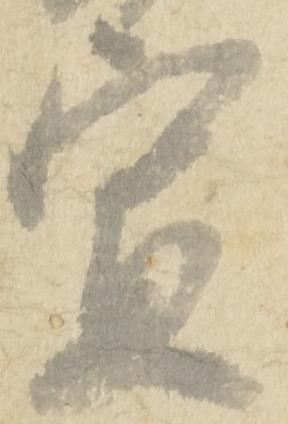
宣